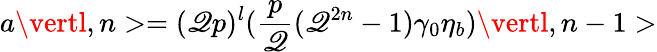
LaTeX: a\vertl,n>=(\mathscr{Q}p)^{l}({\frac{{p}}{{\mathscr{Q}}}}(\mathscr{Q}^{2n}-1)\gamma_{0}\eta_{b})\vertl,n-1>